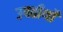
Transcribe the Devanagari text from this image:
उपतीर्थों